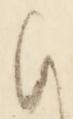
お